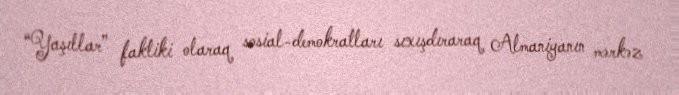
“Yaşıllar” faktiki olaraq sosial-demokratları sıxışdıraraq Almaniyanın mərkəz